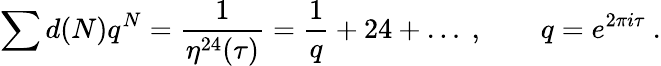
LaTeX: \sum d(N)q^{N}=\frac{1}{\eta^{24}(\tau)}=\frac{1}{q}+24+\dots\ ,\qquad q=e^{2\pi i\tau}\ .